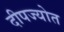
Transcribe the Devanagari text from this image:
दीपज्योत